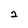
Character: 2